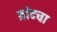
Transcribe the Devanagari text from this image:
ब्रांटचा